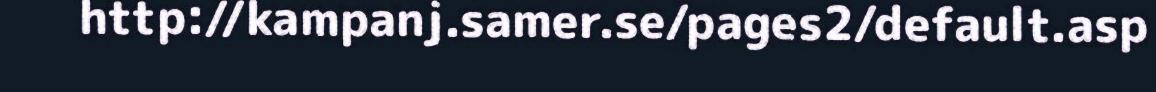
http://kampanj.samer.se/pages2/default.asp